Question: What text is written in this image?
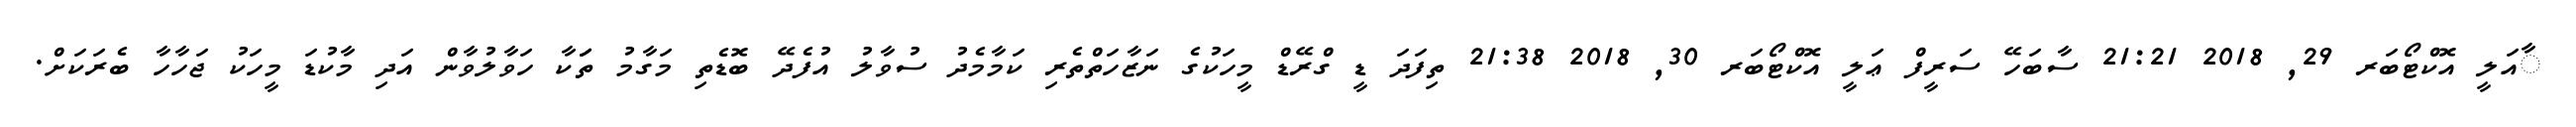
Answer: ާއަލީ އޮކްޓޯބަރ 29, 2018 21:21 ސާބަހޭ ސަރީފް ޢަލީ އޮކްޓޯބަރ 30, 2018 21:38 ތިފަދަ ޑީ ގްރޭޑް މީހަކުގެ ނަޒާހަތްތެރި ކަމާމެދު ސުވާލު އުފެދޭ ބޮޑެތި މަގާމު ތަަކާ ހަވާލުވާން އަދި މާކުޑަ މީހަކު ޖަހާހާ ބެރަކަށް.